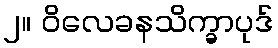
၂။ ဝိလေခနသိက္ခာပုဒ်